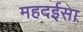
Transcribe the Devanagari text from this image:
महदईसा